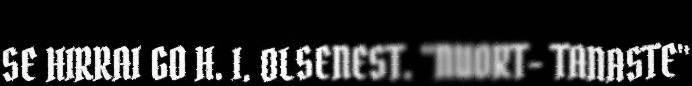
SE HIRRAI GO H. I. OLSENEST. "NUORT- TANASTE"